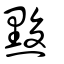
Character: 黢